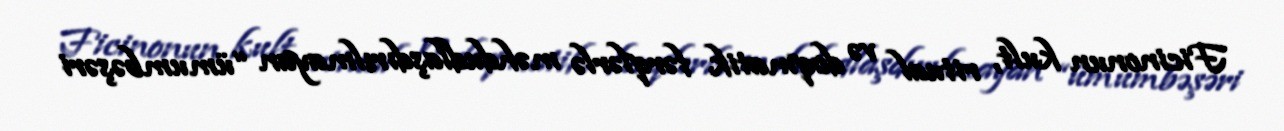
Ficinonun kult, ritual və doqmatik fərqlərlə məhdudlaşdırılmayan “ümumbəşəri